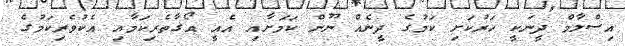
އިސްލާމް ދީނަކީ ހަރުކަށި ކަމުގެ ދީނެއް ނޫން ކަމަށާއި އެއީ އޯގާތެރިކަމާއި އެކުވެރިކަމުގެ